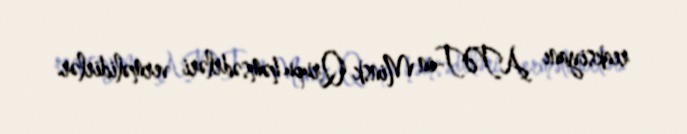
reaksiyanı ATƏT-in Minsk Qrupu həmsədrləri verməlidirlər.